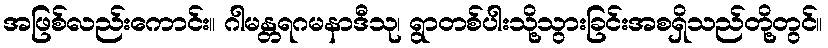
အဖြစ်လည်းကောင်း။ ဂါမန္တရဂမနာဒီသု၊ ရွာတစ်ပါးသို့သွားခြင်းအစရှိသည်တို့တွင်။